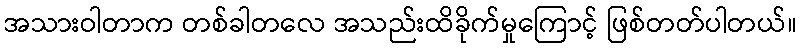
အသားဝါတာက တစ်ခါတလေ အသည်းထိခိုက်မှုကြောင့် ဖြစ်တတ်ပါတယ်။